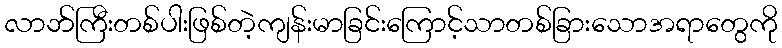
လာဘ်ကြီးတစ်ပါးဖြစ်တဲ့ကျန်းမာခြင်းကြောင့်သာတစ်ခြားသောအရာတွေကို